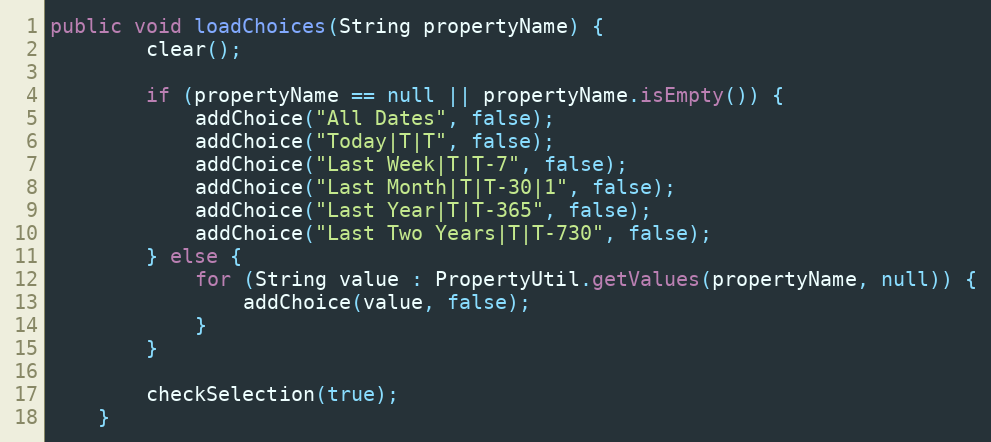
Language: Java
public void loadChoices(String propertyName) {
        clear();

        if (propertyName == null || propertyName.isEmpty()) {
            addChoice("All Dates", false);
            addChoice("Today|T|T", false);
            addChoice("Last Week|T|T-7", false);
            addChoice("Last Month|T|T-30|1", false);
            addChoice("Last Year|T|T-365", false);
            addChoice("Last Two Years|T|T-730", false);
        } else {
            for (String value : PropertyUtil.getValues(propertyName, null)) {
                addChoice(value, false);
            }
        }

        checkSelection(true);
    }